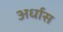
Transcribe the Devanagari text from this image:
अर्धास